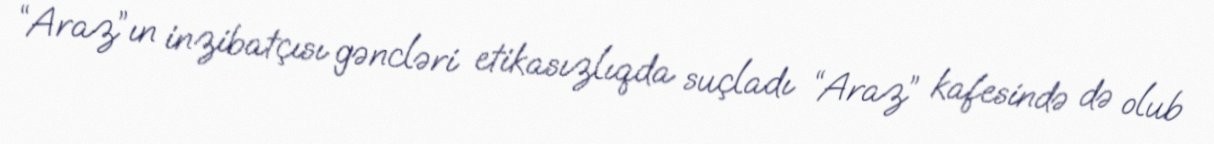
“Araz”ın inzibatçısı gəncləri etikasızlıqda suçladı “Araz” kafesində də olub